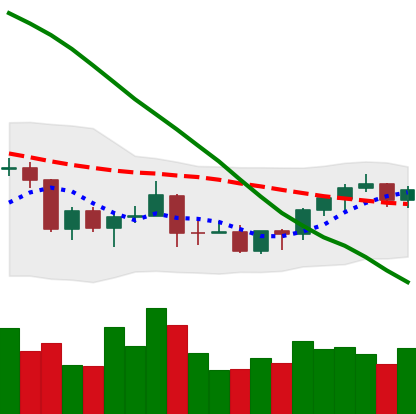
Ticker: BNB-USD
Chart end date: 2022-03-21
Forward return: 4.912%
Label: up_3_5